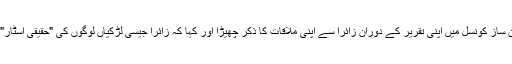
عین اُسی وقت وزیرِ اعلیٰ نے صوبائی قانون ساز کونسل میں اپنی تقریر کے دوران زائرا سے اپنی ملاقات کا ذکر چھیڑا اور کہا کہ زائرا جیسی لڑکیاں لوگوں کی "حقیقی اسٹار" ہیں اور اُن کی حوصلہ افزائی ہونی چاہیے۔